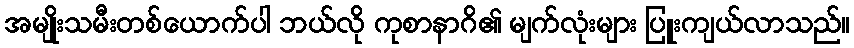
အမျိုးသမီးတစ်ယောက်ပါ ဘယ်လို ကုစာနာဂိ၏ မျက်လုံးများ ပြူးကျယ်လာသည်။